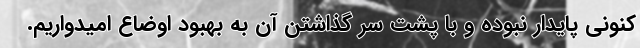
کنونی پایدار نبوده و با پشت سر گذاشتن آن به بهبود اوضاع امیدواریم.